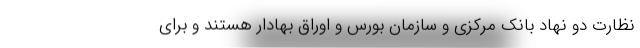
نظارت دو نهاد بانک مرکزی و سازمان بورس و اوراق بهادار هستند و برای